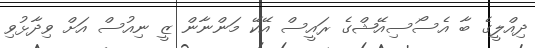
ދިއްލީގެ ބާ އެސޯސިއޭޝްގެ ރައީސް އޭކޭ މަންނާން ޒީ ނިއުސް އަށް ވިދާޅުވި